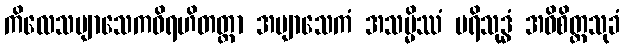
ကိလေသဗျာသေကဝိရဟိတတ္တာ အဗျာသေကံ အသမ္မိဿံ ပရိသုဒ္ဓံ အဓိစိတ္တသုခံ